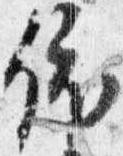
依